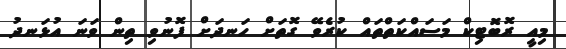
މިއީ ރޮބޮޓިކް މަސައްކަތްތައް ކުރެވޭ ގޮތަށް ހަނދަށް ފޮނުވި ތިން ވަނަ އުޅަނދު